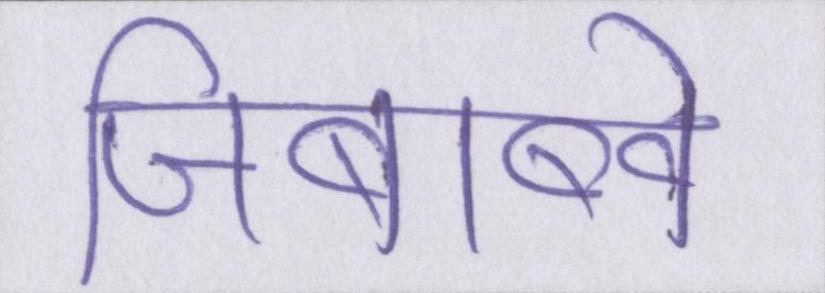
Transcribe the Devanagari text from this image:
जिंबाब्वे